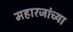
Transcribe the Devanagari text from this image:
महारजांच्या